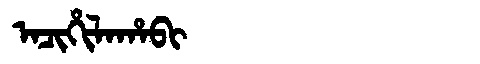
Manchu: ᠠᠴᡳᡥᡳᠯᠠᡥᠠᠪᡳ
Romanization: ACIHILAHABI